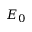
E _ { 0 }